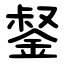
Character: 錖